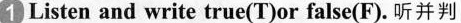
1 Listen and write true(T)or false(F).听并判